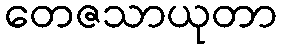
တေဇသာယုတာ